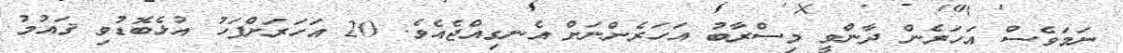
ނަމަވެސް އަހަރެން ދާންވީ މިސްރާބު އަހަރެންނަށް އެނގިއްޖެއެވެ. 20 އަހަރަށްފަހު އުޅެބޮޑުވި ޤައުމު